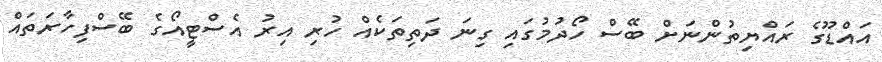
އައްޑޫގެ ރައްޔިތުންނަށް ބޭސް ހޯދުމުގައި ގިނަ ދަތިތަކެއް ހުރި އިރު އެސްޓީއޯގެ ބޭސްފިހާރަތައް